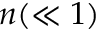
n ( \ll 1 )